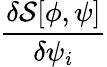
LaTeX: \frac{\delta{\mathcal{S}}[\phi,\psi]}{\delta\psi_{i}}